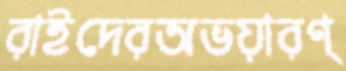
রাইদেরঅভয়ারণ্